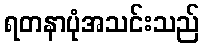
ရတနာပုံအသင်းသည်